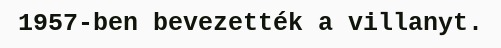
1957-ben bevezették a villanyt.